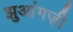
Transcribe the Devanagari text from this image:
झुआंगज़ी